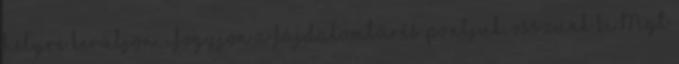
helyre kerüljön. Fogyjon a fájdalomtűrés pontjuk, osszunk ki Mgt